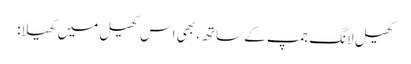
کھیل لانگ جمپ کے ساتھ، بھی اس کھیل میں کھیلا: